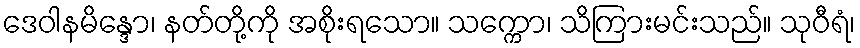
ဒေဝါနမိန္ဒော၊ နတ်တို့ကို အစိုးရသော။ သက္ကော၊ သိကြားမင်းသည်။ သုဝီရံ၊